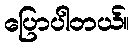
ပြောပါတယ်။